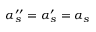
\alpha _ { s } ^ { \prime \prime } = \alpha _ { s } ^ { \prime } = \alpha _ { s }